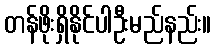
တန်ဖိုးရှိနိုင်ပါဦးမည်နည်း။